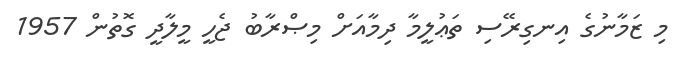
މި ޒަމާނުގެ އިނގިރޭސި ތަޢުލީމާ ދިމާއަށް މިޞްރާބު ޖެހީ މީލާދީ ގޮތުން 1957